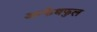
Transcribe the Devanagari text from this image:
अन्फेथफुल